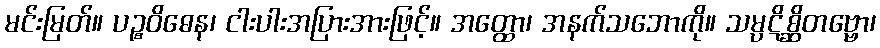
မင်းမြတ်။ ပဉ္စဝိဓေန၊ ငါးပါးအပြားအားဖြင့်။ အတ္ထော၊ အနက်သဘောကို။ သမ္ပဋိစ္ဆိတဗ္ဗော၊